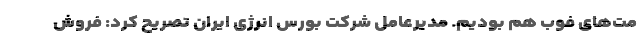
مت‌های فوب هم بودیم. مدیرعامل شرکت بورس انرژی ایران تصریح کرد: فروش